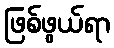
ဖြစ်ဖွယ်ရာ